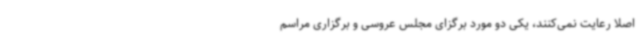
اصلا رعایت نمی‌کنند، یکی دو مورد برگزای مجلس عروسی و برگزاری مراسم